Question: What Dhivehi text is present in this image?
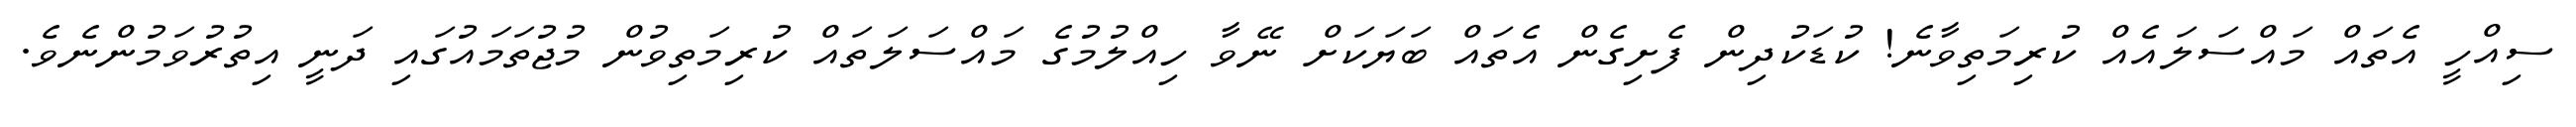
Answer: ސިއްހީ އެތައް މައްސަލައެއް ކުރިމަތިވާނެ! ކުޑަކުދިން ފެށިގެން އެތައް ބަޔަކަށް ނޭވާ ހިއްލުމުގެ މައްސަލަތައް ކުރިމަތިވުން މުޖުތަމައުގައި ދަނީ އިތުރުވަމުންނެވެ.